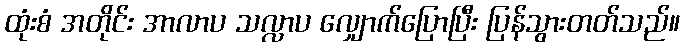
ထုံးစံ အတိုင်း အာလာပ သလ္လာပ လျှောက်ပြောပြီး ပြန်သွားတတ်သည်။